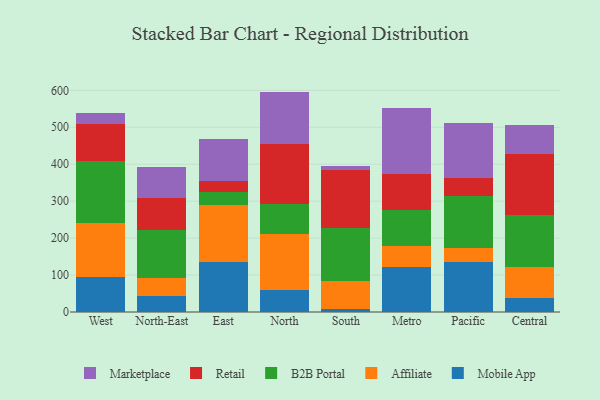
{"axis": {"x": "Region", "y": "Churn Rate (%)"}, "legend": ["Affiliate", "B2B Portal", "Marketplace", "Mobile App", "Retail"], "data": [{"x": "West", "y": 95.2, "type": "Mobile App"}, {"x": "West", "y": 146.3, "type": "Affiliate"}, {"x": "West", "y": 168.3, "type": "B2B Portal"}, {"x": "West", "y": 99.1, "type": "Retail"}, {"x": "West", "y": 30.7, "type": "Marketplace"}, {"x": "North-East", "y": 43.8, "type": "Mobile App"}, {"x": "North-East", "y": 48.9, "type": "Affiliate"}, {"x": "North-East", "y": 128.2, "type": "B2B Portal"}, {"x": "North-East", "y": 86.9, "type": "Retail"}, {"x": "North-East", "y": 84.9, "type": "Marketplace"}, {"x": "East", "y": 136.6, "type": "Mobile App"}, {"x": "East", "y": 154.0, "type": "Affiliate"}, {"x": "East", "y": 33.4, "type": "B2B Portal"}, {"x": "East", "y": 29.9, "type": "Retail"}, {"x": "East", "y": 113.9, "type": "Marketplace"}, {"x": "North", "y": 60.6, "type": "Mobile App"}, {"x": "North", "y": 150.6, "type": "Affiliate"}, {"x": "North", "y": 80.9, "type": "B2B Portal"}, {"x": "North", "y": 162.1, "type": "Retail"}, {"x": "North", "y": 142.3, "type": "Marketplace"}, {"x": "South", "y": 7.6, "type": "Mobile App"}, {"x": "South", "y": 75.9, "type": "Affiliate"}, {"x": "South", "y": 143.9, "type": "B2B Portal"}, {"x": "South", "y": 157.1, "type": "Retail"}, {"x": "South", "y": 9.7, "type": "Marketplace"}, {"x": "Metro", "y": 122.9, "type": "Mobile App"}, {"x": "Metro", "y": 54.4, "type": "Affiliate"}, {"x": "Metro", "y": 99.2, "type": "B2B Portal"}, {"x": "Metro", "y": 96.7, "type": "Retail"}, {"x": "Metro", "y": 179.7, "type": "Marketplace"}, {"x": "Pacific", "y": 135.3, "type": "Mobile App"}, {"x": "Pacific", "y": 36.7, "type": "Affiliate"}, {"x": "Pacific", "y": 142.2, "type": "B2B Portal"}, {"x": "Pacific", "y": 47.2, "type": "Retail"}, {"x": "Pacific", "y": 150.2, "type": "Marketplace"}, {"x": "Central", "y": 38.6, "type": "Mobile App"}, {"x": "Central", "y": 82.4, "type": "Affiliate"}, {"x": "Central", "y": 142.0, "type": "B2B Portal"}, {"x": "Central", "y": 164.1, "type": "Retail"}, {"x": "Central", "y": 79.4, "type": "Marketplace"}]}